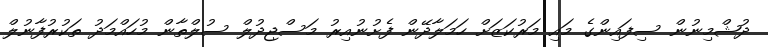
ދުޝްމިނުން ސިފައިންގެ މައި މަރުކަޒަށް ހަމަލާދޭން ފެށުނުއިރު މަސްޖިދުލް ސުލްތާން މުހައްމަދު ތަކުރުފާނުލް